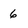
Character: 6